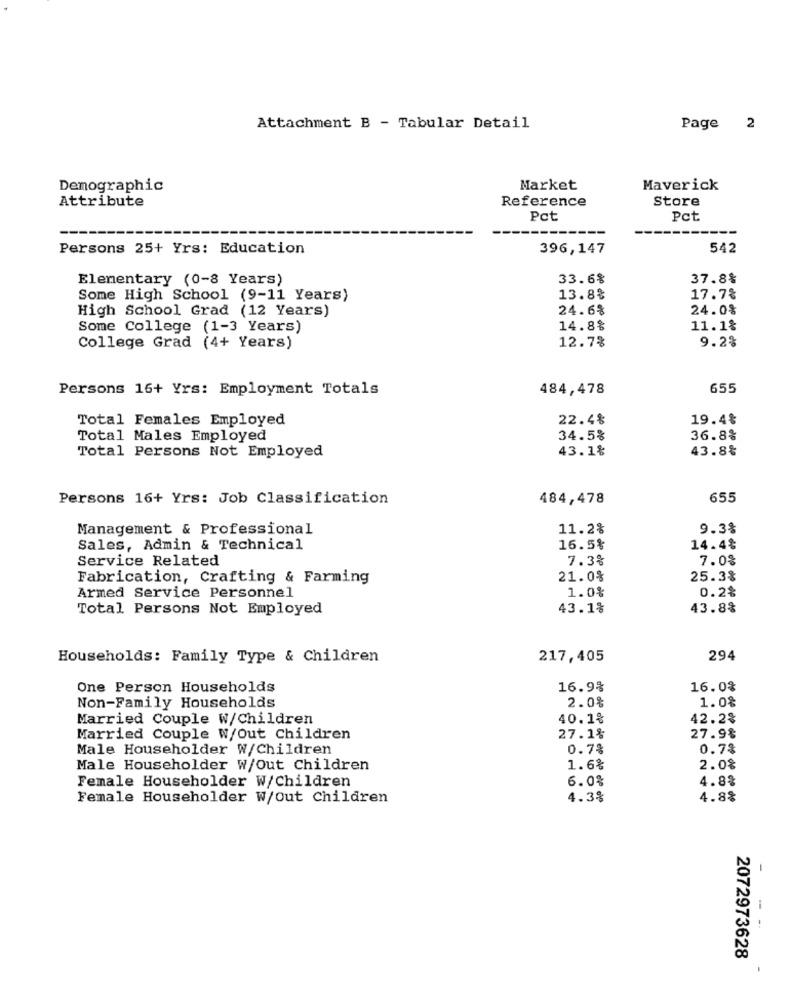
Attachment B - Tabular Detail
Page 2
Demographic
Market
Maverick
Attribute
Reference
Store
Pct
Pct
Persons 25+ Yrs: Education
396,147
542
Elementary (0-8 Years)
33.6%
37.8%
Some High School (9-11 Years)
13.8%
17.7%
High School Grad (12 Years)
24.6%
24.0%
Some College (1-3 Years)
14.8%
11.1%
12.7%
9.2%
College Grad (4+ Years)
Persons 16+ Yrs: Employment Totals
484,478
655
Total Females Employed
22.4%
19.4%
Total Males Employed
34.5%
36.8%
Total Persons Not Employed
43.1%
43.8%
Persons 16+ Yrs: Job Classification
484,478
655
Management & Professional
11.2%
9.3%
Sales, Admin & Technical
16.5%
14.4%
Service Related
7.3%
7.0%
Fabrication, Crafting & Farming
21.0%
25.3%
1.0%
Armed Service Personnel
0.2%
Total Persons Not Employed
43.1%
43.8%
Households: Family Type & Children
217,405
294
One Person Households
16.9%
16.0%
2.0%
1.0%
Non-Family Households
Married Couple W/Children
40.1%
42.2%
Married Couple W/Out Children
27.1%
27.9%
Male Householder W/Children
0.7%
0.7%
Male Householder W/Out Children
1.6%
2.0%
Female Householder W/Children
6.0%
4.8%
Female Householder W/Out Children
4.3%
4.8%
-
- -
2072973628